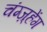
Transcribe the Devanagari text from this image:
चंग्ज़्हेंग